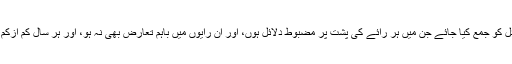
امت میں اتحاد واتفاق کی فضا ہموار کرنے کی ایک تدبیری کوشش یہ ہوسکتی ہے کہ ایسے تمام مسائل کو جمع کیا جائے جن میں ہر رائے کی پشت پر مضبوط دلائل ہوں، اور ان رایوں میں باہم تعارض بھی نہ ہو، اور ہر سال کم ازکم کسی ایک مسئلے کے سلسلے میں سب مل کر اعلان کریں کہ اس مسئلے میں ’’سب رائیں اچھی ہیں‘‘۔